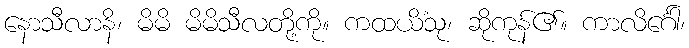
နောသီလာနိ၊ မိမိ မိမိသီလတို့ကို။ ကထယိံသု၊ ဆိုကုန်၏။ ကာလိင်္ဂေါ၊